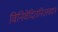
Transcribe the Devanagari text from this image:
विनिवेदितनिजवदन